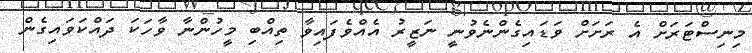
މިނިސްޓަރަށް އެ ރަށަށް ވަޑައިގެންނެވުނީ ނަޒީރު އެއްވެފައިވާ ތިއްބި މީހުންނާ ވާހަކަ ދައްކަވައިގެން